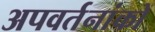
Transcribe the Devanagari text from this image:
अपवर्तनांकों